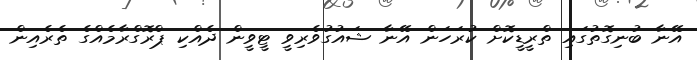
އޭނާ ބުނިގޮތުގައި ތްރީޑީކޮށް ކުރަހަން އޭނާ ޝައުގުވެރިވީ ޓީވީން ދެއްކި ޕްރޮގްރާމެއްގެ ތެރެއިން